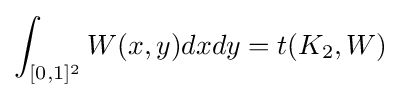
\int _{[0,1]^{2}}W(x,y)dxdy=t(K_{2},W)